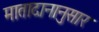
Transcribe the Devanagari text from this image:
मातादानानुसार